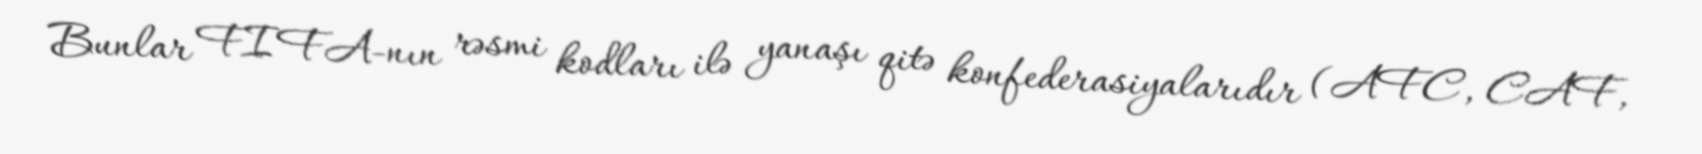
Bunlar FIFA-nın rəsmi kodları ilə yanaşı qitə konfederasiyalarıdır (AFC, CAF,